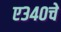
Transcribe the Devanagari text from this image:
ए३४०चे